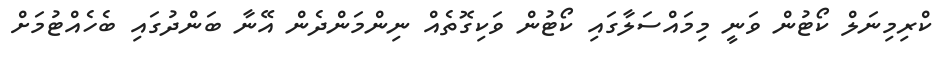
ކްރިމިނަލް ކޯޓުން ވަނީ މިމައްސަލާގައި ކޯޓުން ވަކިގޮތެއް ނިންމަންދެން އޭނާ ބަންދުގައި ބެހެއްޓުމަށް